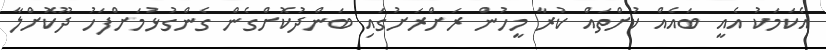
އެކަމަކު އެއީ ބައެއް ކުށްތައް ކުރާ މީހުން ރަށްރަށުގައި ބަންދުކޮށްގެން ގެންގުޅުމަށްފަހު ދޫކޮށްލާ